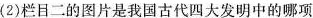
(2)栏目二的图片是我国古代四大发明中的哪项